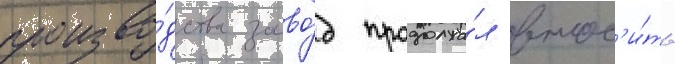
произво́дства заво́д продолжа́л внос'и́ть